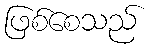
ဖြစ်စေသည်